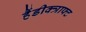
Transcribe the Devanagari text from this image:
हैंडीक्त्राफ्ट